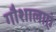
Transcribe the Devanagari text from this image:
गौशालाएं